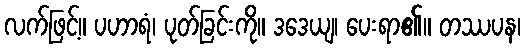
လက်ဖြင့်။ ပဟာရံ၊ ပုတ်ခြင်းကို။ ဒဒေယျ၊ ပေးရာ၏။ တဿပန၊